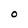
Character: O